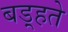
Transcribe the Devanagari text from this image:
बड़्हते